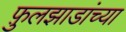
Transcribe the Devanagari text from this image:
फ़ुलझाडांच्या